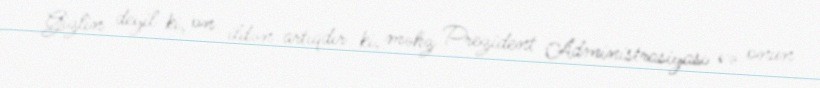
Gizlin deyil ki, on ildən artıqdır ki, məhz Prezident Administrasiyası və onun